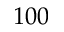
1 0 0